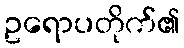
ဥရောပတိုက်၏